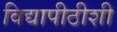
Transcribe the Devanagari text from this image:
विद्यापीठीशी